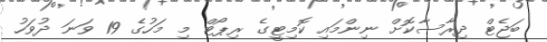
ބަޖެޓް ދިރާސާކޮށް ނިންމައި ކޮމިޓީގެ ރިޕޯޓް މި މަހުގެ 19 ވަނަ ދުވަހު